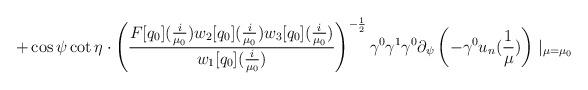
LaTeX: \begin{align*}+\cos\psi\cot\eta\cdot\left(\frac{F[q_{0}](\frac{i}{\mu_{0}})w_{2}[q_{0}](\frac{i}{\mu_{0}})w_{3}[q_{0}](\frac{i}{\mu_{0}})}{w_{1}[q_{0}](\frac{i}{\mu_{0}})}\right)^{-\frac{1}{2}}\gamma^{0}\gamma^{1}\gamma^{0}\partial_{\psi}\left(-\gamma^{0}u_{n}(\frac{1}{\mu})\right)\mid_{\mu=\mu_{0}}\end{align*}